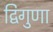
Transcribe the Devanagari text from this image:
द्विगुणा